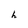
Character: h